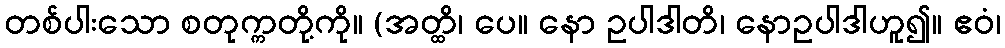
တစ်ပါးသော စတုက္ကတို့ကို။ (အတ္ထိ၊ ပေ။ နော ဥပါဒါတိ၊ နောဥပါဒါဟူ၍။ ဧဝံ၊